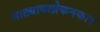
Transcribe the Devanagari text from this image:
नाट्यावलोकनकार